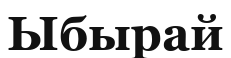
Ыбырай